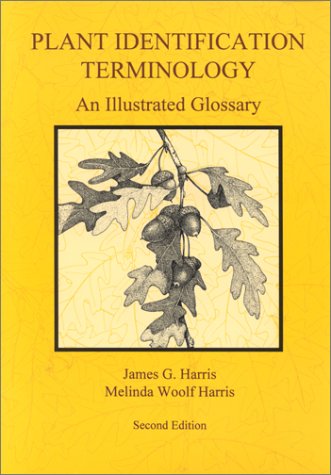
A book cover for Plant Identification Terminology: An Illustrated Glossary; James G. Harris; Science & Math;